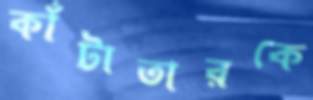
কাঁটাতারকে